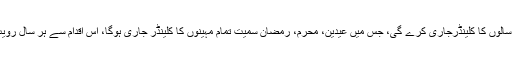
انہوں نے کہا کہ کمیٹی آئندہ 10 قمری سالوں کا کلینڈرجاری کرے گی، جس میں عیدین، محرم، رمضان سمیت تمام مہینوں کا کلینڈر جاری ہوگا، اس اقدام سے ہر سال رویت ہلال پرپیدا ہونے والا تنازع ختم ہوگا۔